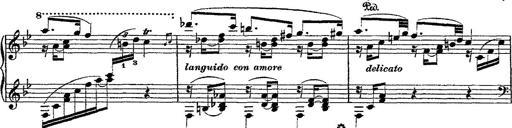
Title: Fantaisie romantique sur deux mÃ©lodies suisses
Composer: Franz Liszt